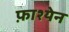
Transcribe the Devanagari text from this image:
फ़ाश्येन